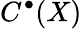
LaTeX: C^{\bullet}(X)